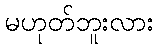
မဟုတ်ဘူးလား